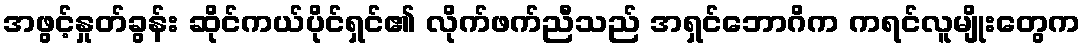
အဖွင့်နှုတ်ခွန်း ဆိုင်ကယ်ပိုင်ရှင်၏ လိုက်ဖက်ညီသည် အရှင်ဘောဂိက ကရင်လူမျိုးတွေက